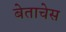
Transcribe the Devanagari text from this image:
बेताचेस